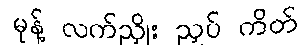
မုန့် လက်ညှိုး ညှပ် ကိတ်